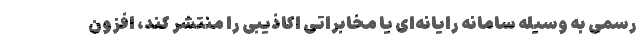
رسمی به وسيله سامانه رايانه‌ای يا مخابراتی اكاذيبی را منتشر کند، افزون